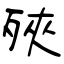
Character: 殎